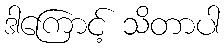
ဒါကြောင့် သိတာပါ